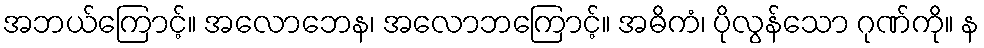
အဘယ်ကြောင့်။ အလောဘေန၊ အလောဘကြောင့်။ အဓိကံ၊ ပိုလွန်သော ဂုဏ်ကို။ န